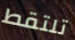
تلتقط